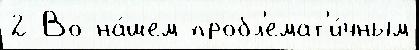
2 Во на́шем пробл'емат'и́чным